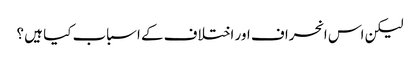
لیکن اس انحراف اور اختلاف کے اسباب کیا ہیں ؟